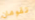
تقومان